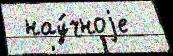
 нау́чноjе